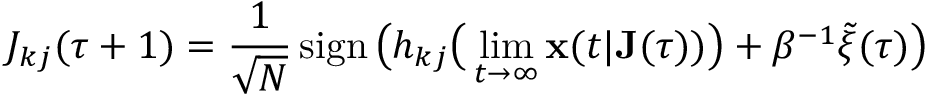
J _ { k j } ( \tau + 1 ) = \frac { 1 } { \sqrt { N } } \, \mathrm { s i g n } \, \big ( h _ { k j } \big ( \operatorname* { l i m } _ { t \rightarrow \infty } \mathbf { x } ( t | \mathbf { J } ( \tau ) ) \big ) + \beta ^ { - 1 } \tilde { \xi } ( \tau ) \big )